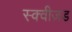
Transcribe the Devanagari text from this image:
स्क्वीज़ड